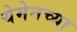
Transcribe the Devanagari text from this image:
येमेनच्या